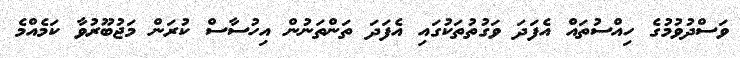
ވަސްދުވުމުގެ ހިއްސުތައް އެފަދަ ވަގުތުތަކުގައި އެފަދަ ތަންތަނުން އިހުސާސް ކުރަން މަޖުބޫރުވާ ކަމެއްމެ